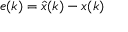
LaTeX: e ( k ) = { \hat { x } } ( k ) - x ( k )